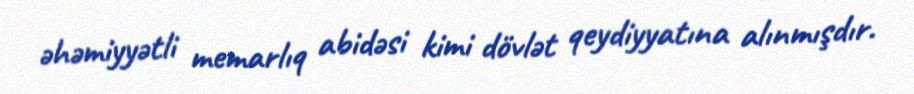
əhəmiyyətli memarlıq abidəsi kimi dövlət qeydiyyatına alınmışdır.